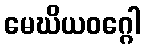
မေဃိယဝဂ္ဂေါ